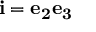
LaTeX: \mathbf { i } = \mathbf { e _ { 2 } } \mathbf { e _ { 3 } }